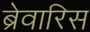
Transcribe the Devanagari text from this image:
ब्रेवारिस